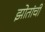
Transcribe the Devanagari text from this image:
झोतांची